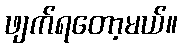
ဖျက်ရတော့မယ်။